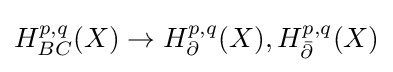
H_{BC}^{p,q}(X)\to H_{\partial }^{p,q}(X),H_{\bar {\partial }}^{p,q}(X)